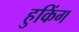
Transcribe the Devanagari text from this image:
हुकिंग